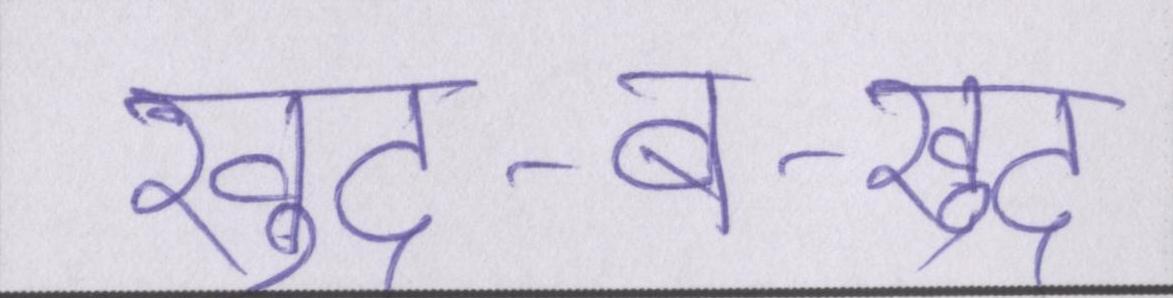
खुद-ब-खुद